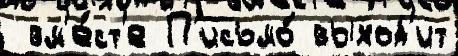
 вм'е́ст'е П'исьмо́ выход'ит